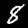
Label: 8